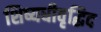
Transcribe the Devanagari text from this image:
शिष्यधीवृद्धिद